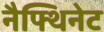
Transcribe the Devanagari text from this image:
नैफ्थिनेट